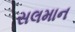
સલમાન